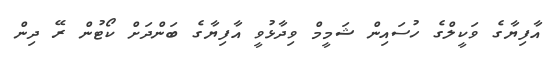
އާފިޔާގެ ވަކީލްގެ ހުސައިން ޝަމީމް ވިދާޅުވީ އާފިޔާގެ ބަންދަށް ކޯޓުން ރޭ ދިން